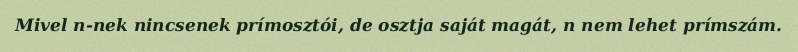
Mivel n-nek nincsenek prímosztói, de osztja saját magát, n nem lehet prímszám.